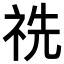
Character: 𥙝